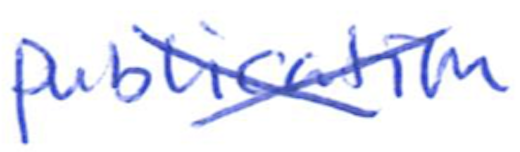
Text: publication
Cross-out: mix
Writing tool: ballpoint